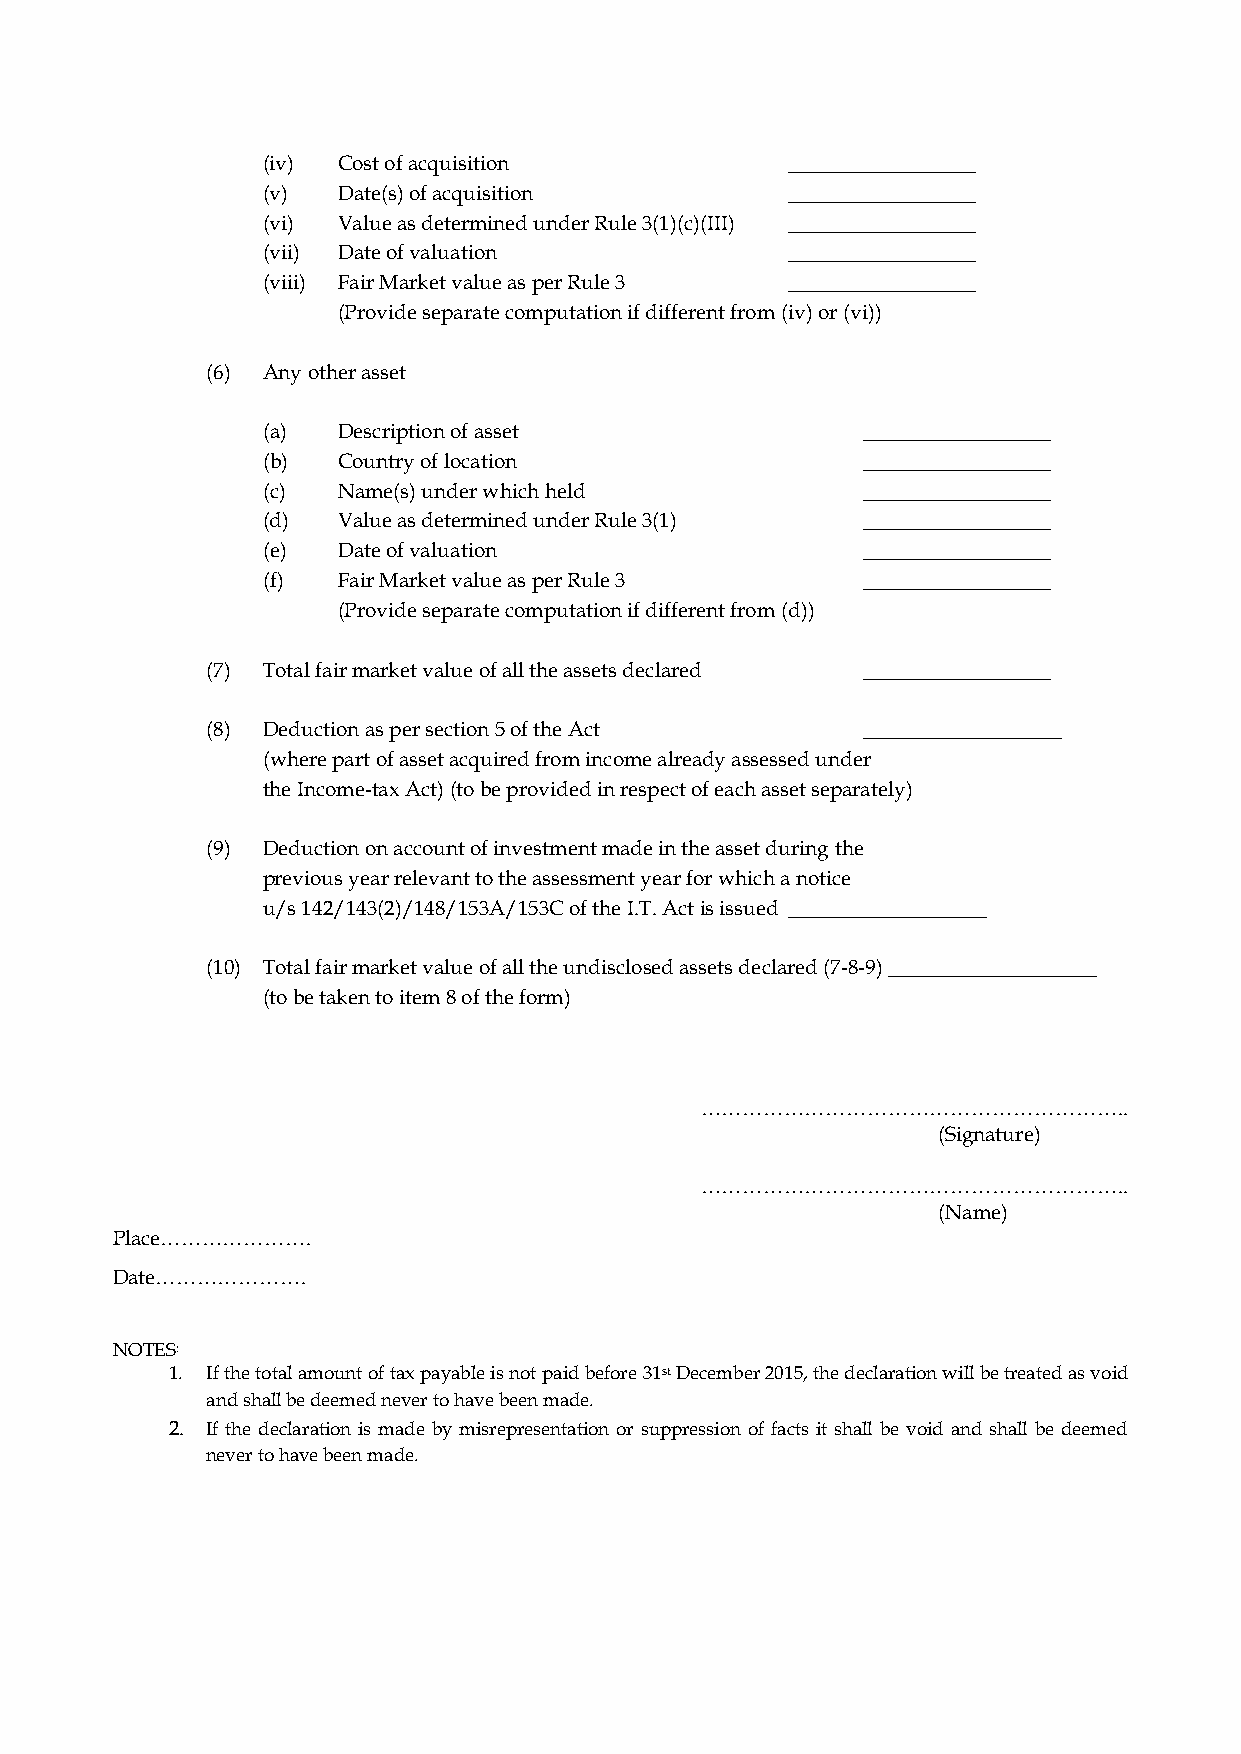
(iv) Cost of acquisition           __________________
 (v)  Date(s) of acquisition        __________________
 (vi) Value as determined under Rule 3(1)(c)(III) __________________
 (vii) Date of valuation            __________________
 (viii) Fair Market value as per Rule 3 __________________
 (Provide separate computation if different from (iv) or (vi))
 (6) Any other asset
 (a)  Description of asset               __________________
 (b)  Country of location                __________________
 (c)  Name(s) under which held           __________________
 (d)  Value as determined under Rule 3(1) __________________
 (e)  Date of valuation                  __________________
 (f)  Fair Market value as per Rule 3    __________________
 (Provide separate computation if different from (d))
 (7) Total fair market value of all the assets declared __________________
 (8) Deduction as per section 5 of the Act  ___________________
 (where part of asset acquired from income already assessed under
 the Income-tax Act) (to be provided in respect of each asset separately)
 (9) Deduction on account of investment made in the asset during the
 previous year relevant to the assessment year for which a notice
 u/s 142/143(2)/148/153A/153C of the I.T. Act is issued ___________________
 (10) Total fair market value of all the undisclosed assets declared (7-8-9) ____________________
 (to be taken to item 8 of the form)
 ……………………………………………………..
 (Signature)
 ……………………………………………………..
 (Name)
 Place………………….
 Date………………….
 NOTES:
 1. If the total amount of tax payable is not paid before 31st December 2015, the declaration will be treated as void
 and shall be deemed never to have been made.
 2. If the declaration is made by misrepresentation or suppression of facts it shall be void and shall be deemed
 never to have been made.